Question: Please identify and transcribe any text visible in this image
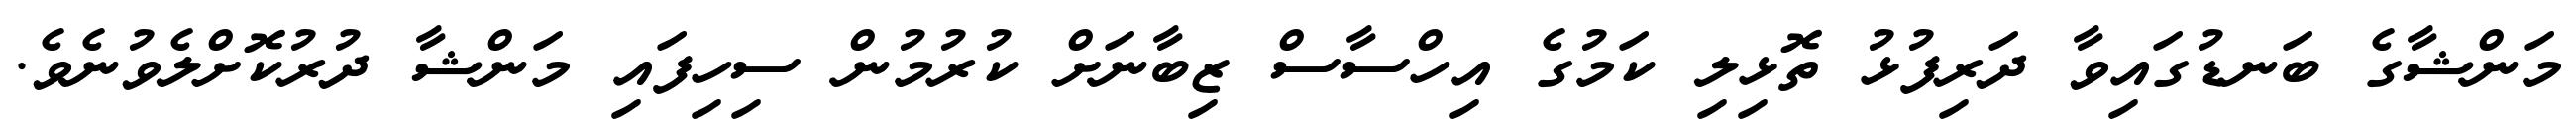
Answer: މަންޝާގެ ބަނޑުގައިވާ ދަރިފުޅު ތޮޅިލި ކަމުގެ އިހްސާސް ޒިބާނަށް ކުރުމުން ސިހިފައި މަންޝާ ދުރުކޮށްލެވުނެވެ.